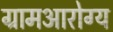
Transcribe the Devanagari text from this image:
ग्रामआरोग्य